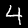
Digit: 4